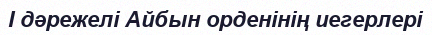
I дәрежелі Айбын орденінің иегерлері